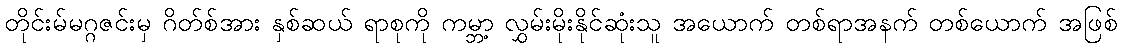
တိုင်းမ်မဂ္ဂဇင်းမှ ဂိတ်စ်အား နှစ်ဆယ် ရာစုကို ကမ္ဘာ့ လွှမ်းမိုးနိုင်ဆုံးသူ အယောက် တစ်ရာအနက် တစ်ယောက် အဖြစ်